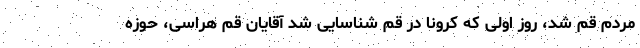
مردم قم شد، روز اولی که کرونا در قم شناسایی شد آقایان قم هراسی، حوزه